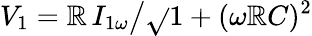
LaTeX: V_{1}=\mathbb{R}\, I_{1\omega}\big/\sqrt{}{{1+(\omega\mathbb{R}C)^{2}}}